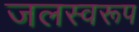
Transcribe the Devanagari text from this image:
जलस्वरूप